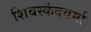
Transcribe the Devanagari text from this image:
शिवस्कंदवर्मा